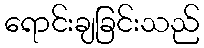
ရောင်းချခြင်းသည်